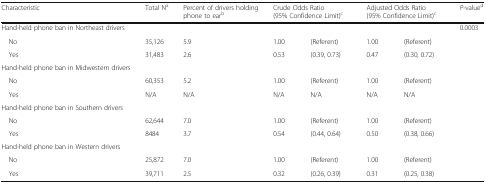
<table><thead><tr><td><b>Characteristic</b></td><td><b>Total N<sup>a</sup></b></td><td><b>Percent of drivers holding phone to ear<sup>b</sup></b></td><td colspan="2"><b>Crude Odds Ratio (95% Confidence Limit)<sup>c</sup></b></td><td colspan="2"><b>Adjusted Odds Ratio (95% Confidence Limit)<sup>c</sup></b></td><td><b><i>P</i>-value<sup>d</sup></b></td></tr></thead><tbody><tr><td>Hand-held phone ban in Northeast drivers</td><td></td><td></td><td></td><td></td><td></td><td></td><td>0.0003</td></tr><tr><td> No</td><td>35,126</td><td>5.9</td><td>1.00</td><td>(Referent)</td><td>1.00</td><td>(Referent)</td><td></td></tr><tr><td> Yes</td><td>31,483</td><td>2.6</td><td>0.53</td><td>(0.39, 0.73)</td><td>0.47</td><td>(0.30, 0.72)</td><td></td></tr><tr><td>Hand-held phone ban in Midwestern drivers</td><td></td><td></td><td></td><td></td><td></td><td></td><td></td></tr><tr><td> No</td><td>60,353</td><td>5.2</td><td>1.00</td><td>(Referent)</td><td>1.00</td><td>(Referent)</td><td></td></tr><tr><td> Yes</td><td>N/A</td><td>N/A</td><td>N/A</td><td>N/A</td><td>N/A</td><td>N/A</td><td></td></tr><tr><td>Hand-held phone ban in Southern drivers</td><td></td><td></td><td></td><td></td><td></td><td></td><td></td></tr><tr><td> No</td><td>62,644</td><td>7.0</td><td>1.00</td><td>(Referent)</td><td>1.00</td><td>(Referent)</td><td></td></tr><tr><td> Yes</td><td>8484</td><td>3.7</td><td>0.54</td><td>(0.44, 0.64)</td><td>0.50</td><td>(0.38, 0.66)</td><td></td></tr><tr><td>Hand-held phone ban in Western drivers</td><td></td><td></td><td></td><td></td><td></td><td></td><td></td></tr><tr><td> No</td><td>25,872</td><td>7.0</td><td>1.00</td><td>(Referent)</td><td>1.00</td><td>(Referent)</td><td></td></tr><tr><td> Yes</td><td>39,711</td><td>2.5</td><td>0.32</td><td>(0.26, 0.39)</td><td>0.31</td><td>(0.25, 0.38)</td><td></td></tr></tbody></table>